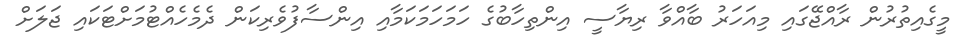
މީގެއިތުރުން ރާއްޖޭގައި މިއަހަރު ބާއްވާ ރިޔާސީ އިންތިހާބުގެ ހަމަހަމަކަމާއި އިންސާފުވެރިކަން ދެމެހެއްޓުމަށްޓަކައި ޖަލަށް